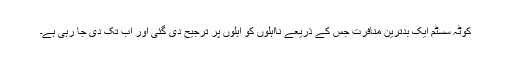
کوٹہ سسٹم ایک بدترین منافرت جس کے ذریعے نااہلوں کو اہلوں پر ترجیح دی گئی اور اب تک دی جا رہی ہے۔